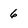
Character: 6